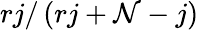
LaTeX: rj/\left(rj+\mathcal{N}-j\right)